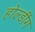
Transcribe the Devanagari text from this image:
होल्डींग